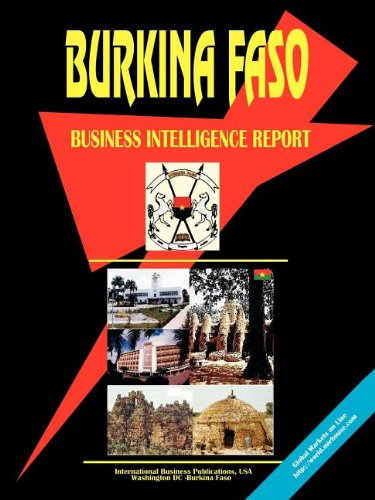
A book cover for Burkina Faso Business Intelligence Report; Ibp Usa; Travel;